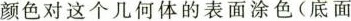
颜色对这个几何体的表面涂色(底面